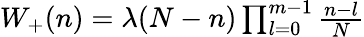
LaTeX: \begin{array}{r}{{W_{+}}(n)=\lambda(N-n)\prod_{l=0}^{m-1}{\frac{{n-l}}{N}}}\end{array}